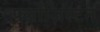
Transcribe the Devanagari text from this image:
फ्लोजिस्टन